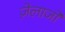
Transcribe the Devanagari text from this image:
ज़ेलाजो